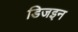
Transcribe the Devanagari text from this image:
डिजइन